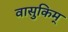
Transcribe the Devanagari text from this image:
वासुकिम्